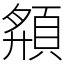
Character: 頯